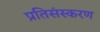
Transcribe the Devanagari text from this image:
प्रतिसंस्करण